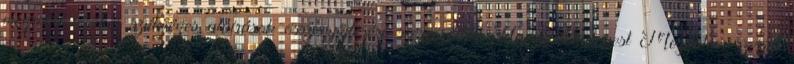
megrendezéséhez szükséges aláírások összegyűjtésére szerveződött Hajrá Budapest Mozgalom szerint